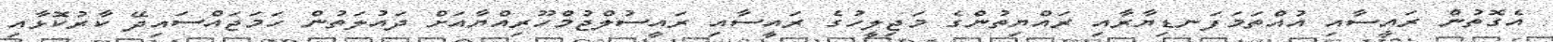
އެގޮތުން ރައީސާއި އުއްތަމަފަނޑިޔާރާއި ރައްޔިތުންގެ މަޖިލީހުގެ ރައީސާއި ރައީސުލްޖުމްހޫރިއްޔާއަށް ދައުލަތުން ހަމަޖައްސައިދޭ ކާރުކޮޅާއި